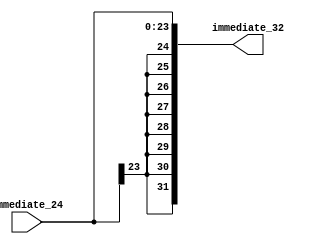
module SignExtend_24(
    input [23:0] immediate_24,
    output [31:0] immediate_32
    );
	 
	 reg [31:0] immediate_32 = 0;
	 
	 
	 always @*
		begin
			immediate_32[31:0] <= { {8{immediate_24[23]}}, immediate_24[23:0] };
		end

endmodule